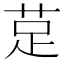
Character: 莡